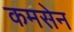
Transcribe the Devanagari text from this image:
कमसेन